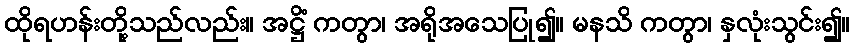
ထိုရဟန်းတို့သည်လည်း။ အဋ္ဌိံ ကတွာ၊ အရိုအသေပြု၍။ မနသိ ကတွာ၊ နှလုံးသွင်း၍။